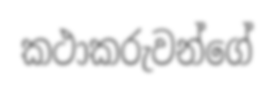
කථාකරුවන්ගේ